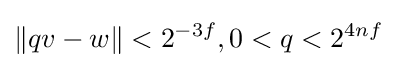
\|qv-w\|<2^{-3f},0<q<2^{4nf}